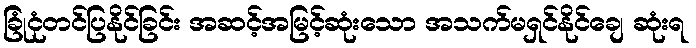
ခြုံငုံတင်ပြနိုင်ခြင်း အဆင့်အမြင့်ဆုံးသော အသက်မရှင်နိုင်ချေ ဆုံးရ